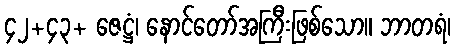
၄၂+၄၃+ ဇေဋ္ဌံ၊ နောင်တော်အကြီးဖြစ်သော။ ဘာတရံ၊